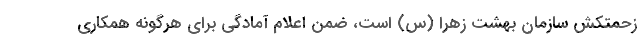
زحمتکش سازمان بهشت زهرا (س) است، ضمن اعلام آمادگی برای هرگونه همکاری